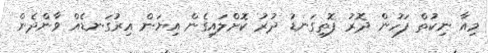
މިއާ ނިކުތް ފަހުން ދޮރު ފޮތިގަނޑު ދުރު ކޮށްލައިގެން އިޔަން އިރުގަނޑެއް ވާންދެން